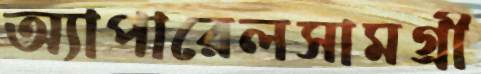
অ্যাপারেলসামগ্রী